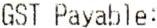
GST PAYABLE: